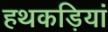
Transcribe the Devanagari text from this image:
हथकड़ियां